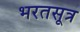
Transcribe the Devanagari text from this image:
भरतसूत्र